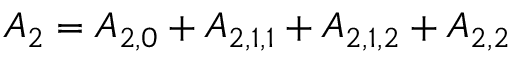
{ A _ { 2 } } = { A _ { 2 , 0 } } + { A _ { 2 , 1 , 1 } } + { A _ { 2 , 1 , 2 } } + { A _ { 2 , 2 } }